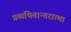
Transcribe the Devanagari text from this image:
प्रव्यथितान्तरात्मा